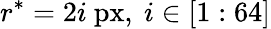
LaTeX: r^{*}=2i\ \mathrm{px},\ i\in[1:64]